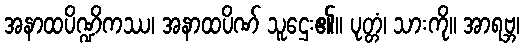
အနာထပိဏ္ဍိကဿ၊ အနာထပိဏ် သူဌေး၏။ ပုတ္တံ၊ သားကို။ အာရဗ္ဘ၊